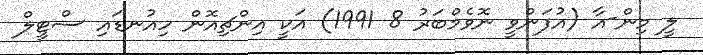
ލީ މިން-އާ (އުފަންވީ ނޮވެމްބަރު 8 1991) އަކީ އިންޗިއޮން ހިއުނޑައި ސްޓީލް